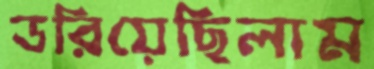
ডরিয়েছিলাম